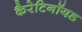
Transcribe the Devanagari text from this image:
कैरेटिनॉयड